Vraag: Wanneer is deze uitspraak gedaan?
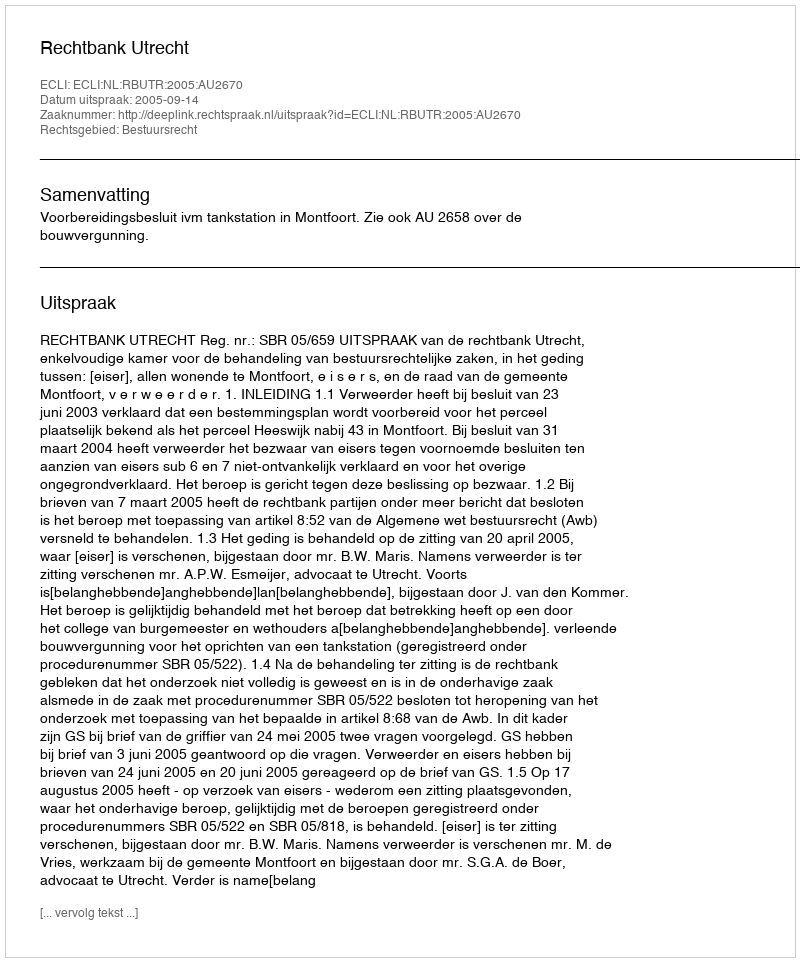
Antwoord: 2005-09-14